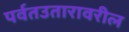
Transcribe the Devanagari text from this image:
पर्वतउतारावरील